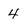
Character: 4